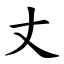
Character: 丈